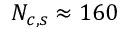
N _ { c , s } \approx 1 6 0